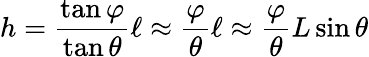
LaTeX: h={\frac{\tan\varphi}{\tan\theta}}\ell\approx{\frac{\varphi}{\theta}}\ell\approx{\frac{\varphi}{\theta}}L\sin\theta